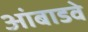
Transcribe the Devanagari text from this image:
आंबाडवे